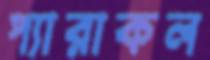
প্যারাকল